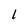
Character: 1